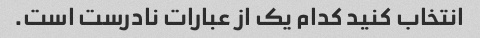
انتخاب کنید کدام یک از عبارات نادرست است.